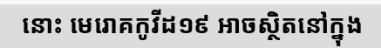
នោះ មេរោគកូវីដ១៩ អាចស្ថិតនៅក្នុង